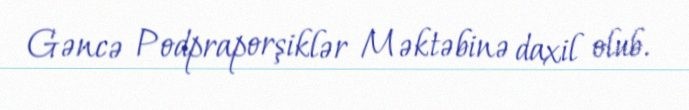
Gəncə Podpraporşiklər Məktəbinə daxil olub.